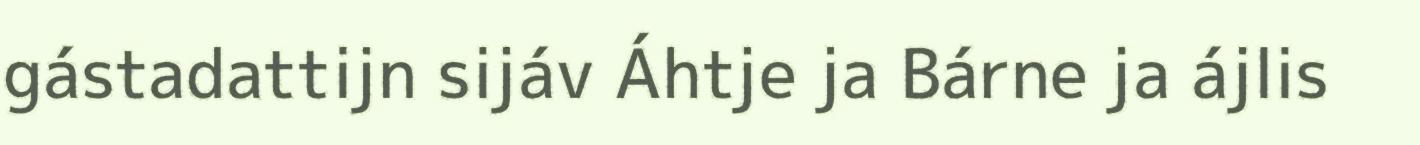
gástadattijn sijáv Áhtje ja Bárne ja ájlis